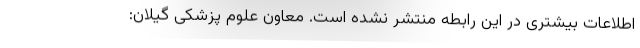
اطلاعات بیشتری در این رابطه منتشر نشده است. معاون علوم پزشکی گیلان: